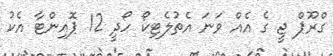
ގްރޫޕް ޖީ ގެ އެއް ވަނަ އެތުލެޓިކޯ ހޯދީ 12 ޕޮއިންޓާ އެކު